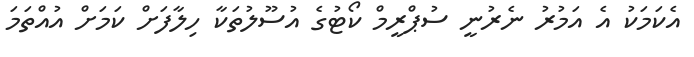
އެކަމަކު އެ އަމުރު ނެރުނީ ސުޕްރީމް ކޯޓުގެ އުސޫލުތަކާ ހިލާފަށް ކަމަށް އުއްތަމަ